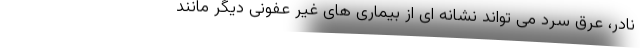
نادر، عرق سرد می تواند نشانه ای از بیماری های غیر عفونی دیگر مانند